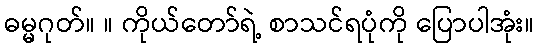
ဓမ္မဂုတ်။ ။ ကိုယ်တော်ရဲ့ စာသင်ရပုံကို ပြောပါအုံး။